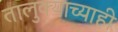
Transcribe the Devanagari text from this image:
तालुक्याच्याही